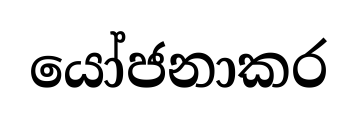
යෝජනාකර